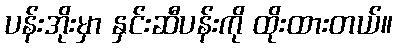
ပန်းအိုးမှာ နှင်းဆီပန်းကို ထိုးထားတယ်။